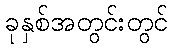
ခုနှစ်အတွင်းတွင်